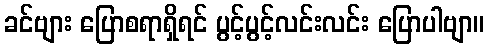
ခင်ဗျား ပြောစရာရှိရင် ပွင့်ပွင့်လင်းလင်း ပြောပါဗျာ။